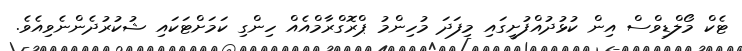
ޓެކް މޯލްޑިވްސް އިން ކުޅުދުއްފުށީގައި މިފަދަ މުހިންމު ޕްރޮގްރާމްއެއް ހިންގި ކަމަށްޓަކައި ޝުކުރުދެންނެވިއެވެ.